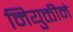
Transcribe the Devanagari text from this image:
नियुक्तीने